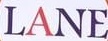
LANE